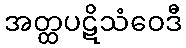
အတ္ထပဋိသံဝေဒီ